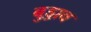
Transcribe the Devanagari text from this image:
बुड्डाव